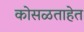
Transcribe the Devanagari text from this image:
कोसळताहेत